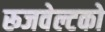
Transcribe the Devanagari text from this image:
रूजवेल्टको